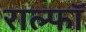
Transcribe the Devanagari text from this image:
राल्फॉ